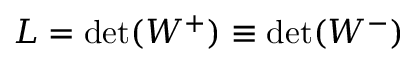
L = \operatorname* { d e t } ( W ^ { + } ) \equiv \operatorname* { d e t } ( W ^ { - } )